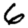
Digit: 6